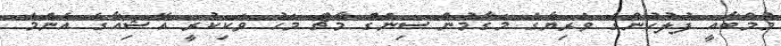
މުމްބާއީ ފުލުހުންގެ ވެރިޔާގެ މަގާމުން ސިންގް މާޗް މަހު ވަކިކުރީ އޭޝިއާގެ އެންމެ